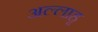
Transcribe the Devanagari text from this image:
अल्लाहू